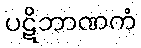
ပဋိဘာဏကံ